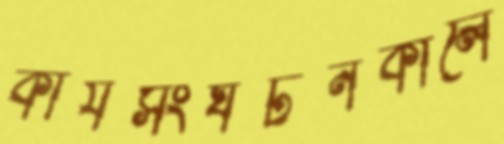
কার্যসংঘটনকালে